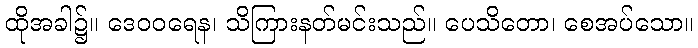
ထိုအခါ၌။ ဒေဝဝရေန၊ သိကြားနတ်မင်းသည်။ ပေသိတော၊ စေအပ်သော။